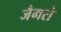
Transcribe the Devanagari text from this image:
जैमरो